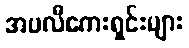
အပလီကေးရှင်းများ